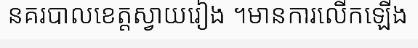
នគរបាលខេត្តស្វាយរៀង ។មានការលើកឡើង